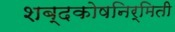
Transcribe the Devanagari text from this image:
शब्दकोषनिर्मिती